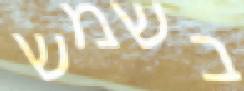
בשמש